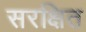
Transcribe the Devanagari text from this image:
सरक्षित